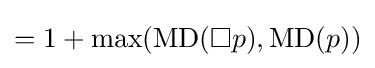
=1+\max(\operatorname {MD} (\Box p),\operatorname {MD} (p))